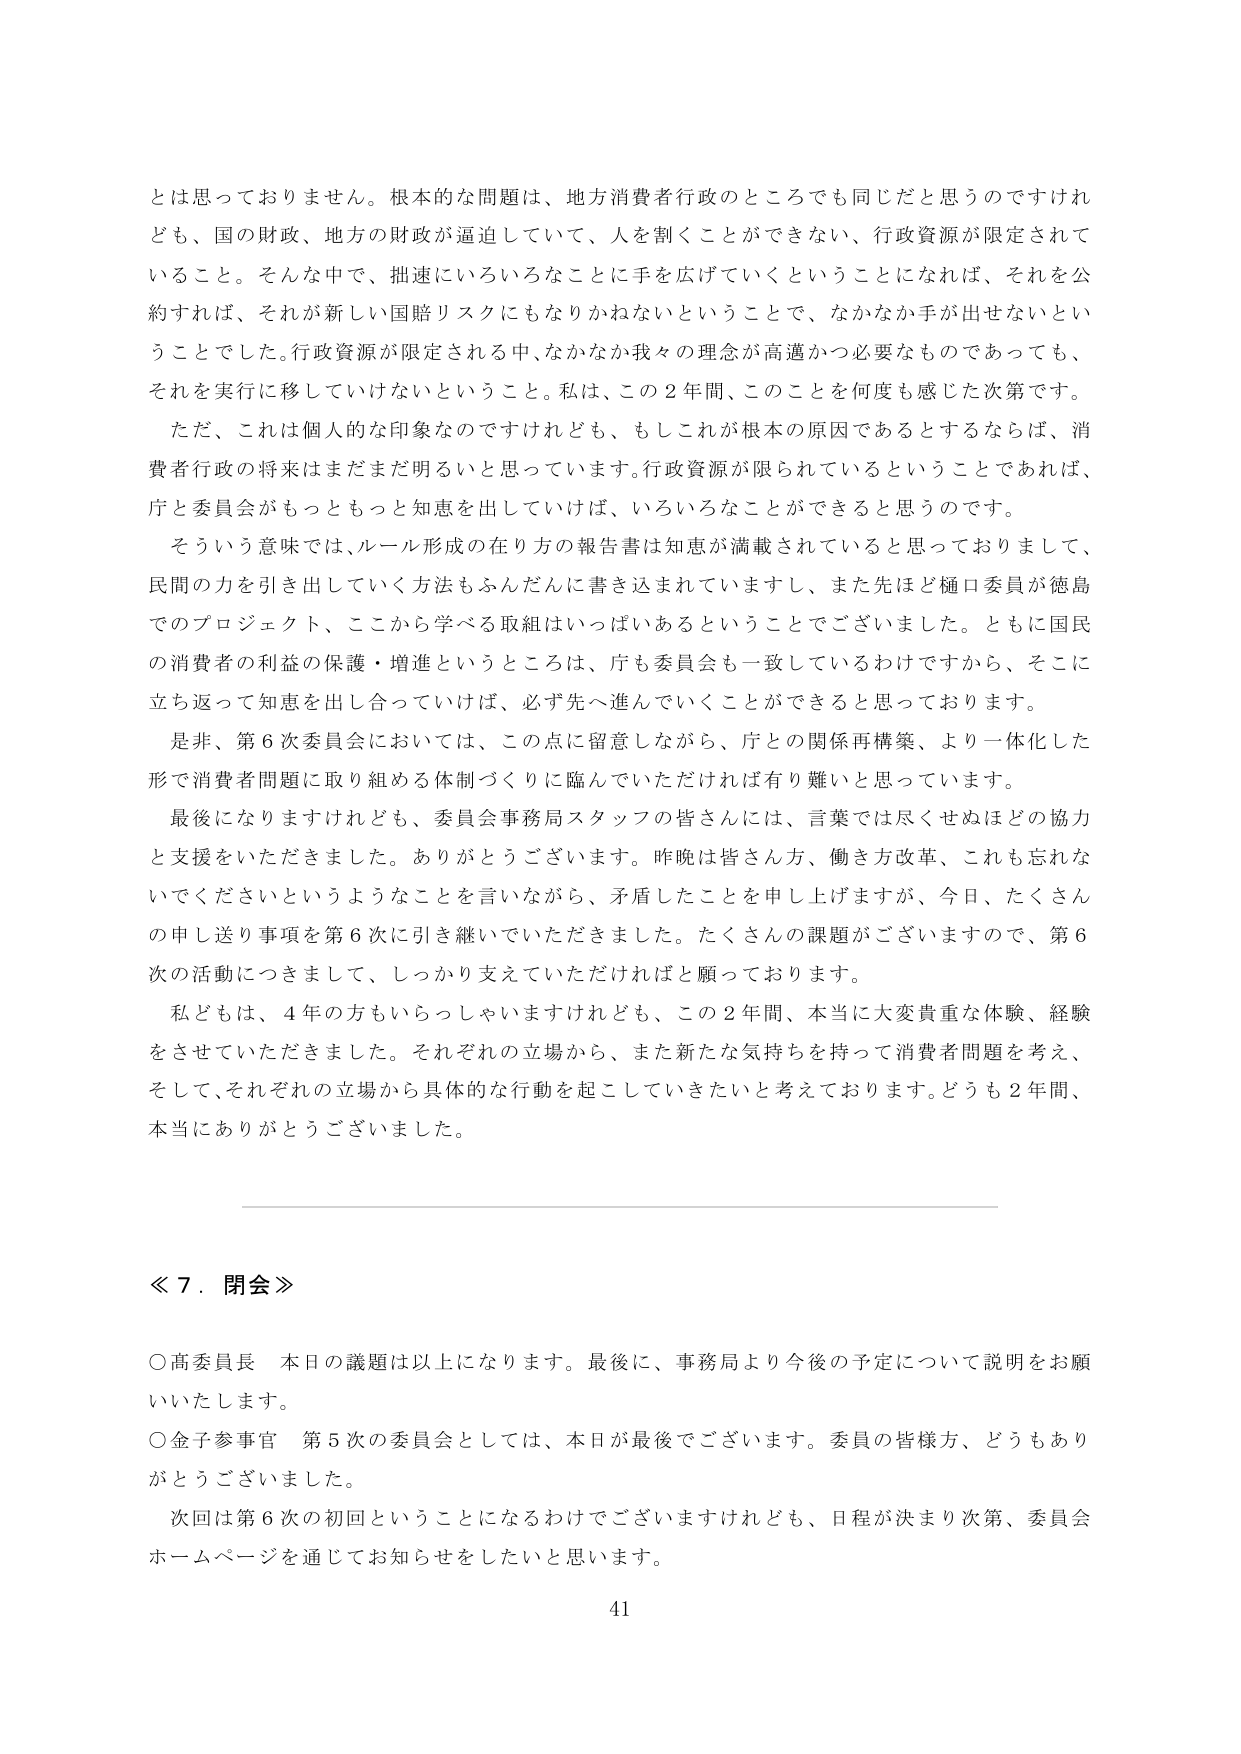
とは思っておりません。根本的な問題は、地方消費者行政のところでも同じだと思うのですけれども、国の財政、地方の財政が逼迫していて、人を割くことができない、行政資源が限定されていること。そんな中で、拙速にいろいろなことに手を広げていくということになれば、それを公約すれば、それが新しい国賠リスクにもなりかねないということで、なかなか手が出せないということでした。行政資源が限定される中、なかなか我々の理念が高邁かつ必要なものであっても、それを実行に移していけないということ。私は、この２年間、このことを何度も感じた次第です。

ただ、これは個人的な印象なのですが、もしこれが根本的原因であるとするならば、消費者行政の将来はまだまだ明るいと思っています。行政資源が限られているということであれば、庁と委員会がもっともっと知恵を出していけば、いろいろなことができると思うのです。

そういう意味では、ルール形成の在り方の報告書は知恵が満載されていると思っておりまして、民間の力を引き出していく方法もふんだんに書き込まれていますし、また先ほど樋口委員が徳島でのプロジェクト、ここから学べる取組はいっぱいあるということでございました。ともに国民の消費者の利益の保護・増進というところは、庁も委員会も一致しているわけですから、そこに立ち返って知恵を出し合っていけば、必ず先へ進んでいくことができると思っております。

是非、第６次委員会においては、この点に留意しながら、庁との関係再構築、より一体化した形で消費者問題に取り組める体制づくりに臨んでいただければ有り難いと思っています。

最後になりますけれども、委員会事務局スタッフの皆さんには、言葉では尽くせぬほどの協力と支援をいただきました。ありがとうございます。昨晩は皆さん方、働き方改革、これも忘れないでくださいというようなことを言いながら、矛盾したことを申し上げますが、今日、たくさんの申し送り事項を第６次に引き継いでいただきました。たくさんの課題がございますので、第６次の活動につきまして、しっかり支えていただければと願っております。

私どもは、４年の方もいらっしゃいますけれども、この２年間、本当に大変貴重な体験、経験をさせていただきました。それぞれの立場から、また新たな気持ちを持って消費者問題を考え、そして、それぞれの立場から具体的な行動を起こしていきたいと考えております。どうも２年間、本当にありがとうございました。

≪７．閉会≫

○高委員長　本日の議題は以上になります。最後に、事務局より今後の予定について説明をお願いいたします。

○金子参事官　第５次の委員会としては、本日が最後でございます。委員の皆様方、どうもありがとうございました。

次回は第６次の初回ということになるわけでございますけれども、日程が決まり次第、委員会ホームページを通じてお知らせをしたいと思います。

41